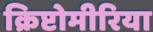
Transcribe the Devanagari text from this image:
क्रिप्टोमीरिया